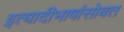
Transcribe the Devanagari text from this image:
इत्यादीभाषांसोबत